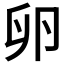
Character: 卵